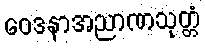
ဝေဒနာအညာဏသုတ္တံ